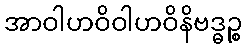
အာဝါဟဝိဝါဟဝိနိဗဒ္ဓဉ္စ